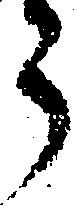
う